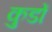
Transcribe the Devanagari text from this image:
कुडों